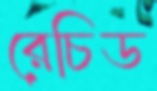
রেচিড